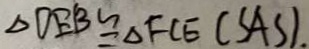
\Delta D E B \cong \Delta F C E ( S A S ) .